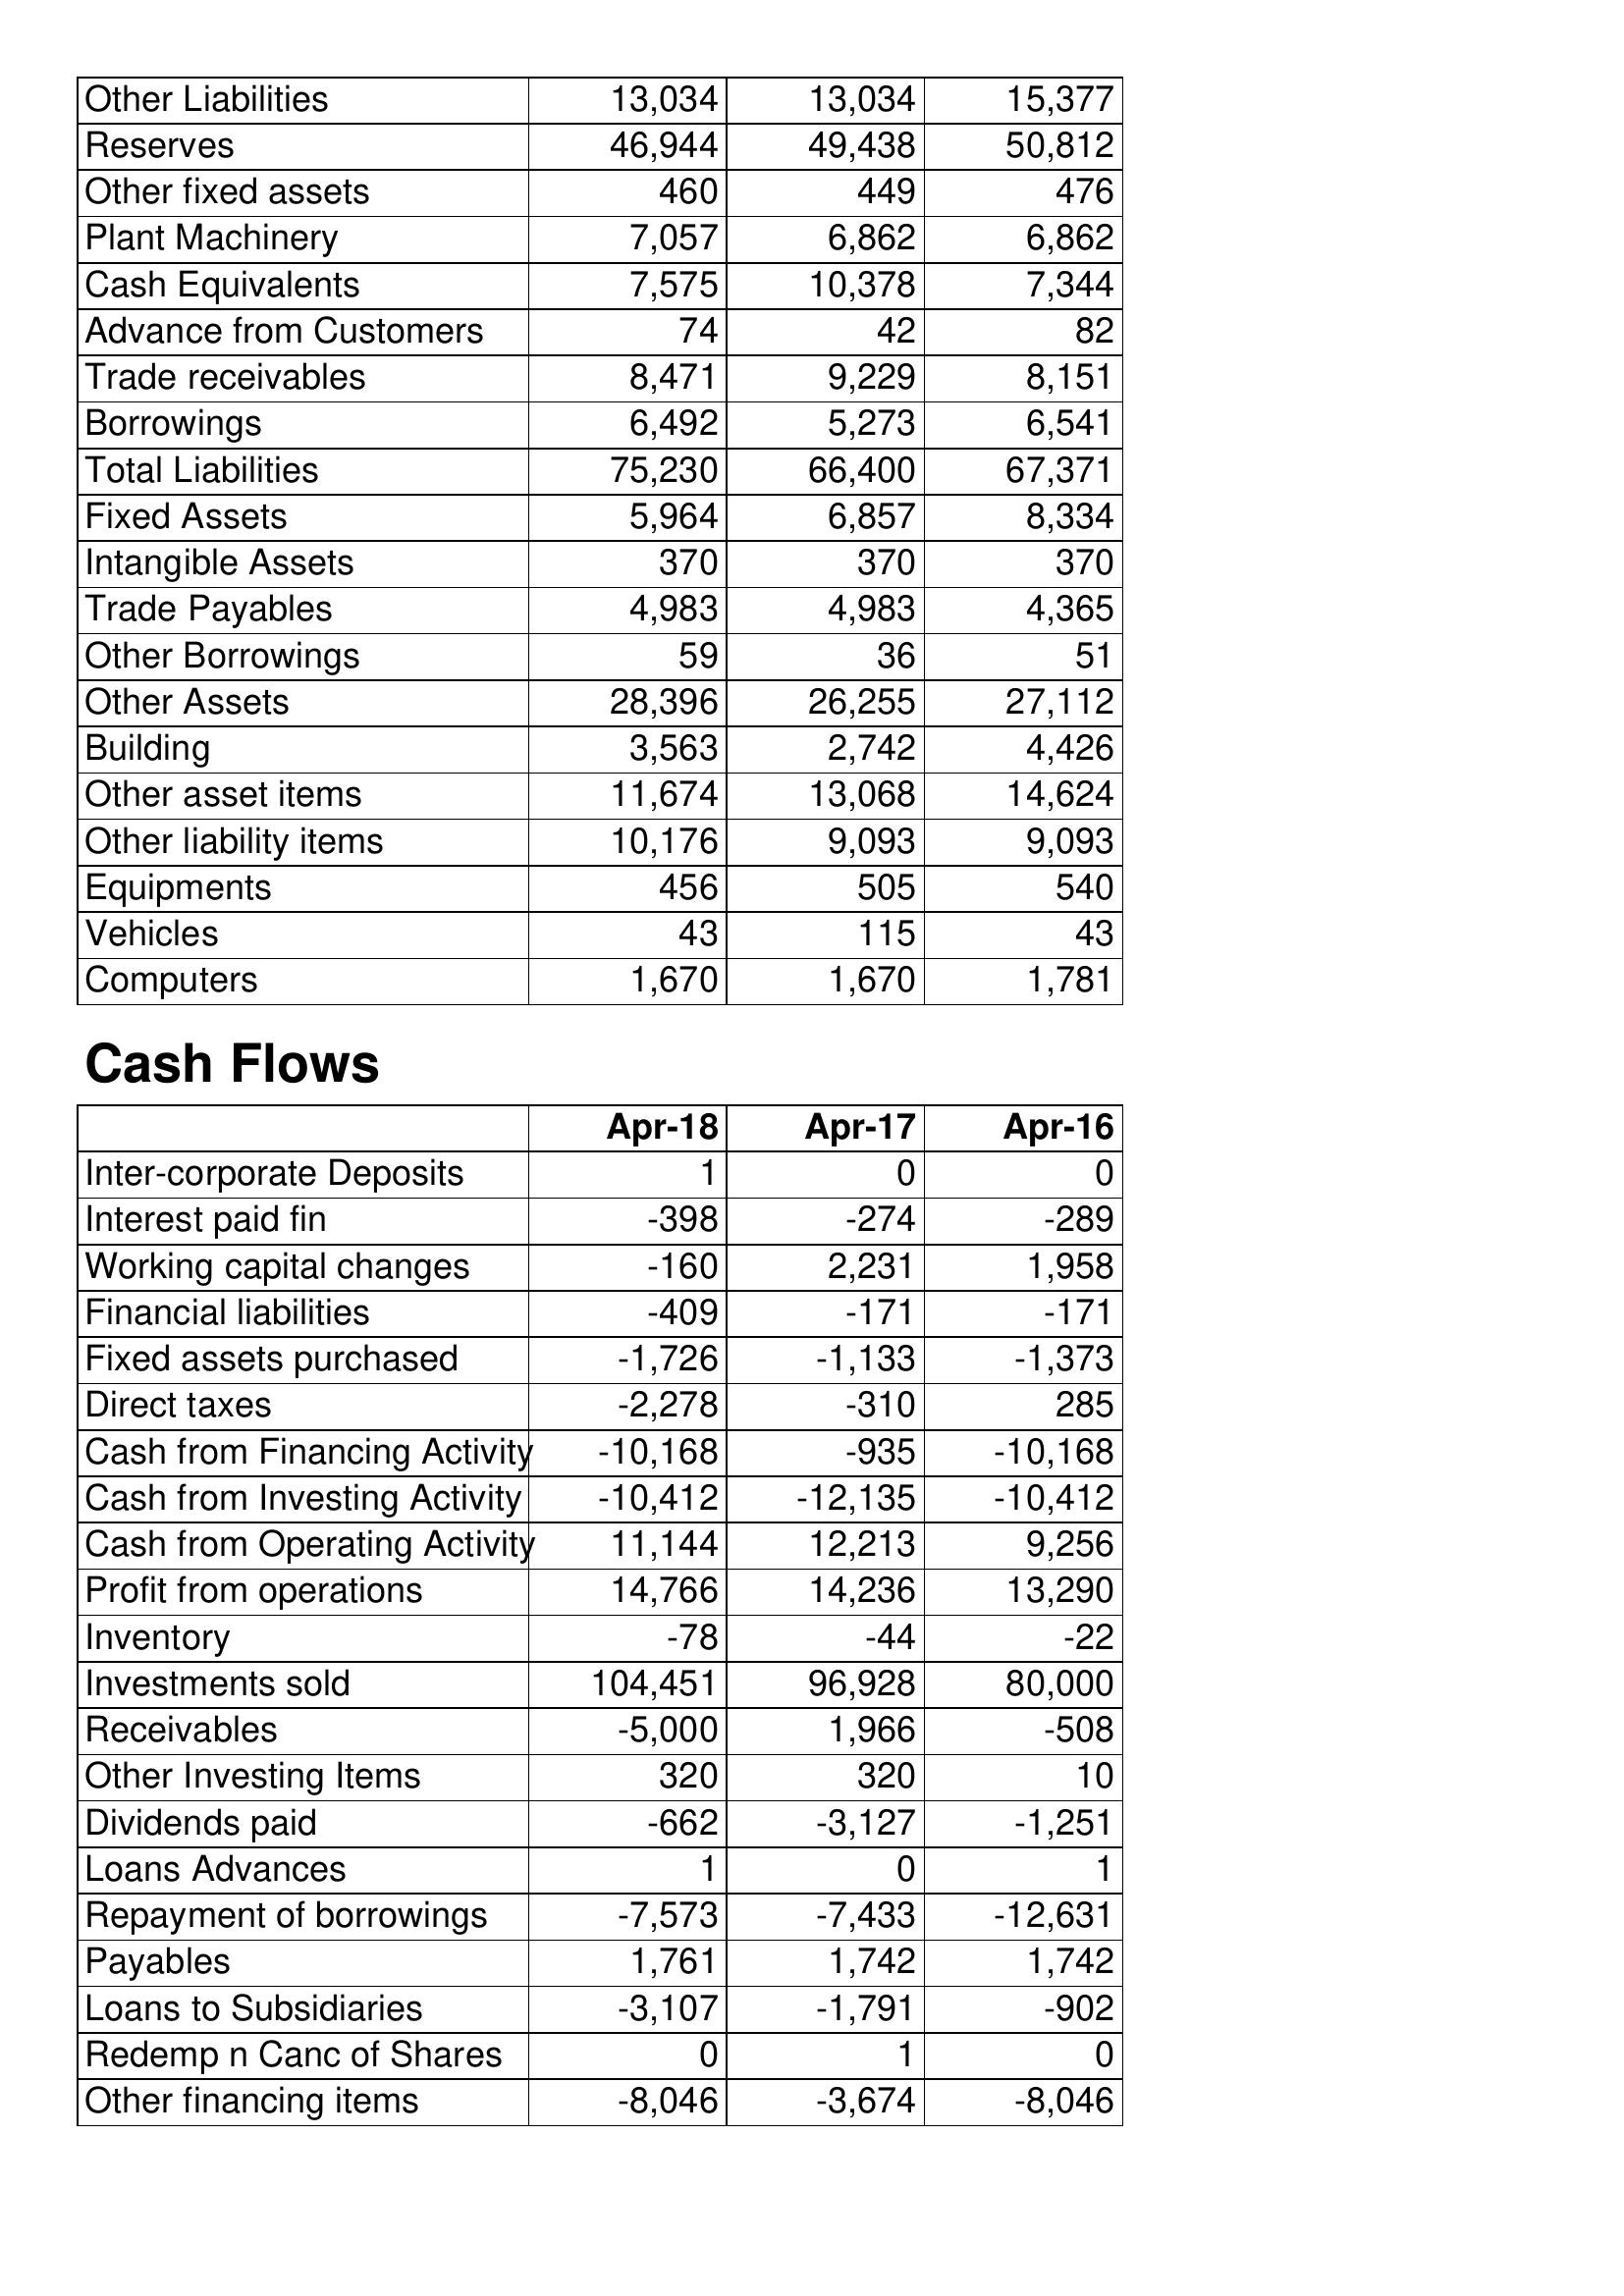
Apr-18: Balance Sheet: Other Liabilities: 13,034
Reserves: 46,944
Other fixed assets: 460
Plant Machinery: 7,057
Cash Equivalents: 7,575
Advance from Customers: 74
Trade receivables: 8,471
Borrowings: 6,492
Total Liabilities: 75,230
Fixed Assets: 5,964
Intangible Assets: 370
Trade Payables: 4,983
Other Borrowings: 59
Other Assets: 28,396
Building: 3,563
Other asset items: 11,674
Other liability items: 10,176
Equipments: 456
Vehicles: 43
Computers: 1,670
Cash Flows: Inter-corporate Deposits: 1
Interest paid fin: -398
Working capital changes: -160
Financial liabilities: -409
Fixed assets purchased: -1,726
Direct taxes: -2,278
Cash from Financing Activity: -10,168
Cash from Investing Activity: -10,412
Cash from Operating Activity: 11,144
Profit from operations: 14,766
Inventory: -78
Investments sold: 104,451
Receivables: -5,000
Other Investing Items: 320
Dividends paid: -662
Loans Advances: 1
Repayment of borrowings: -7,573
Payables: 1,761
Loans to Subsidiaries: -3,107
Redemp n Canc of Shares: 0
Other financing items: -8,046
Apr-17: Balance Sheet: Other Liabilities: 13,034
Reserves: 49,438
Other fixed assets: 449
Plant Machinery: 6,862
Cash Equivalents: 10,378
Advance from Customers: 42
Trade receivables: 9,229
Borrowings: 5,273
Total Liabilities: 66,400
Fixed Assets: 6,857
Intangible Assets: 370
Trade Payables: 4,983
Other Borrowings: 36
Other Assets: 26,255
Building: 2,742
Other asset items: 13,068
Other liability items: 9,093
Equipments: 505
Vehicles: 115
Computers: 1,670
Cash Flows: Inter-corporate Deposits: 0
Interest paid fin: -274
Working capital changes: 2,231
Financial liabilities: -171
Fixed assets purchased: -1,133
Direct taxes: -310
Cash from Financing Activity: -935
Cash from Investing Activity: -12,135
Cash from Operating Activity: 12,213
Profit from operations: 14,236
Inventory: -44
Investments sold: 96,928
Receivables: 1,966
Other Investing Items: 320
Dividends paid: -3,127
Loans Advances: 0
Repayment of borrowings: -7,433
Payables: 1,742
Loans to Subsidiaries: -1,791
Redemp n Canc of Shares: 1
Other financing items: -3,674
Apr-16: Balance Sheet: Other Liabilities: 15,377
Reserves: 50,812
Other fixed assets: 476
Plant Machinery: 6,862
Cash Equivalents: 7,344
Advance from Customers: 82
Trade receivables: 8,151
Borrowings: 6,541
Total Liabilities: 67,371
Fixed Assets: 8,334
Intangible Assets: 370
Trade Payables: 4,365
Other Borrowings: 51
Other Assets: 27,112
Building: 4,426
Other asset items: 14,624
Other liability items: 9,093
Equipments: 540
Vehicles: 43
Computers: 1,781
Cash Flows: Inter-corporate Deposits: 0
Interest paid fin: -289
Working capital changes: 1,958
Financial liabilities: -171
Fixed assets purchased: -1,373
Direct taxes: 285
Cash from Financing Activity: -10,168
Cash from Investing Activity: -10,412
Cash from Operating Activity: 9,256
Profit from operations: 13,290
Inventory: -22
Investments sold: 80,000
Receivables: -508
Other Investing Items: 10
Dividends paid: -1,251
Loans Advances: 1
Repayment of borrowings: -12,631
Payables: 1,742
Loans to Subsidiaries: -902
Redemp n Canc of Shares: 0
Other financing items: -8,046